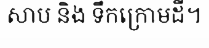
សាប និង ទឹកក្រោមដី។